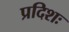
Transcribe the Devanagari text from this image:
प्रदिशः